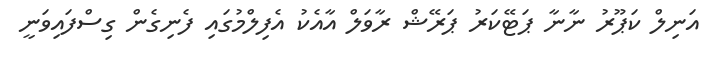
އަނިލް ކަޕޫރު ނާނާ ޕަޓޭކަރު ޕަރޭޝް ރާވަލް އާއެކު އެފިލްމުގައި ފެނިގެން ގިސްފައިވަނީ